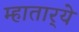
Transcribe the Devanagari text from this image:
म्हातार्‍ये